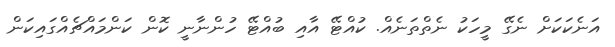
އަނެކަކަށް ނެގޭ މީހަކު ނެތްތަނެއް. ކުއްޓޭ އާއި ބުއްޓޭ ހުންނާނީ ކޮން ކަންމައްޗެއްގައިކަން